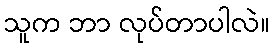
သူက ဘာ လုပ်တာပါလဲ။